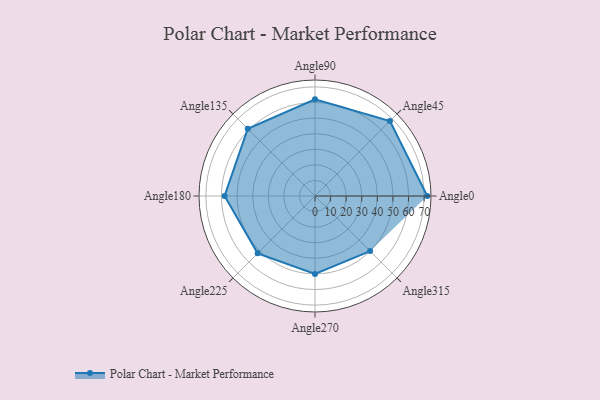
{"axis": {"x": "Angle", "y": "Radius"}, "legend": [""], "data": [{"x": "Angle0", "y": 72.0, "type": ""}, {"x": "Angle45", "y": 68.0, "type": ""}, {"x": "Angle90", "y": 62.0, "type": ""}, {"x": "Angle135", "y": 61.0, "type": ""}, {"x": "Angle180", "y": 58.0, "type": ""}, {"x": "Angle225", "y": 52.0, "type": ""}, {"x": "Angle270", "y": 50, "type": ""}, {"x": "Angle315", "y": 50, "type": ""}]}